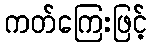
ကတ်ကြေးဖြင့်